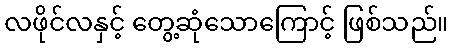
လဖိုင်လနှင့် တွေ့ဆုံသောကြောင့် ဖြစ်သည်။